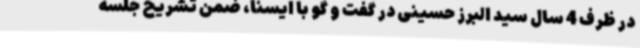
در ظرف 4 سال سید البرز حسینی در گفت و گو با ایسنا، ضمن تشریح جلسه